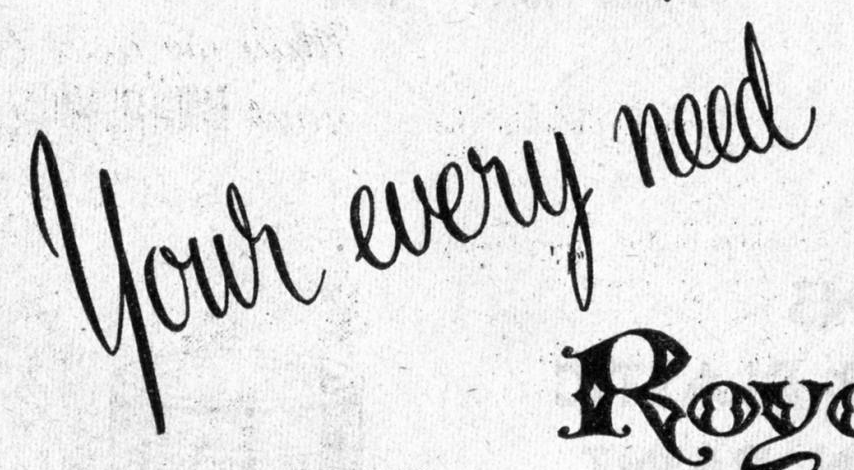
your erery need